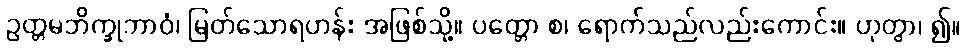
ဥတ္တမဘိက္ခုဘာဝံ၊ မြတ်သောရဟန်း အဖြစ်သို့။ ပတ္တော စ၊ ရောက်သည်လည်းကောင်း။ ဟုတွာ၊ ၍။